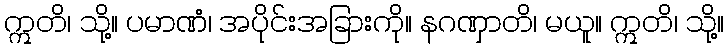
ဣတိ၊ သို့။ ပမာဏံ၊ အပိုင်းအခြားကို။ နဂဏှာတိ၊ မယူ။ ဣတိ၊ သို့။